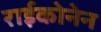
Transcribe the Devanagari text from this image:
राईकोनेन